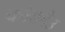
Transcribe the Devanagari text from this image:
कोकोउ